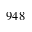
9 4 8